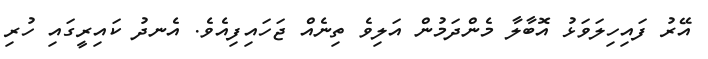
އޭރު ފައިހިލަވަޅު އޮބާލާ މެންދަމުން އަލިވެ ތިނެއް ޖަހައިފިއެވެ. އެނދު ކައިރީގައި ހުރި